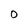
Character: 0